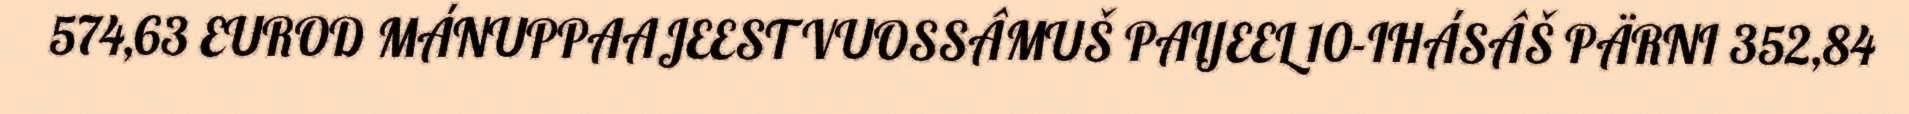
574,63 EUROD MÁNUPPAAJEEST VUOSSÂMUŠ PAIJEEL 10-IHÁSÂŠ PÄRNI 352,84